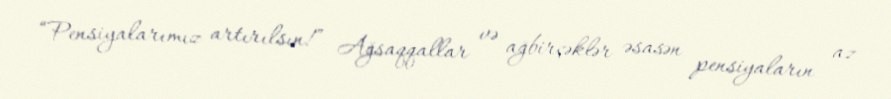
“Pensiyalarımız artırılsın!” Ağsaqqallar və ağbirçəklər əsasən pensiyaların az